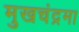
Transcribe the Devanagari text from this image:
मुखचंद्रमा